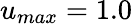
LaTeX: u_{max}=1.0